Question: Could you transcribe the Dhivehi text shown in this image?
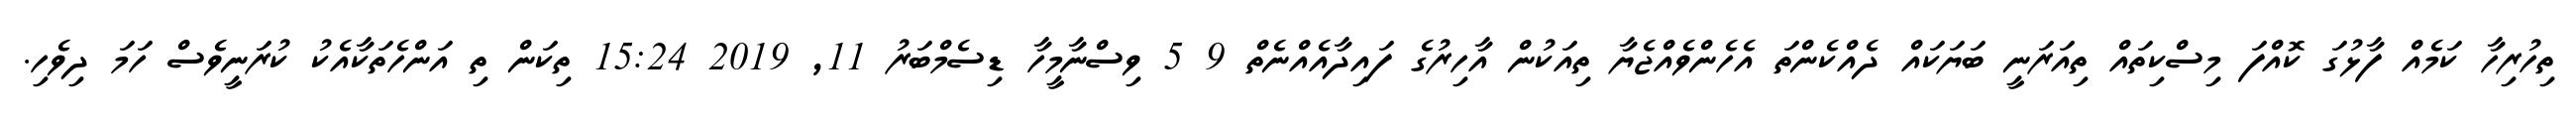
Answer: ތިހުރިހާ ކަމެއް ފާޅުގަ ކޮއްފަ މިސްކިތައް ތިއަރަނީ ބަޔަކައް ދެއްކެންތަ އެހެންވެއްޖެޔާ ތިއަކުން އާހިރުގެ ފައިދާއެއްނެތް 9 5 ވިސްނާމީހާ ޑިސެމްބަރު 11, 2019 15:24 ތިކަން ތި އަންހެތަކާއެކު ކުރަނީވެސް ހަމަ ދިވެހި.